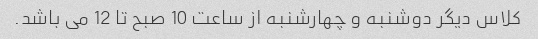
کلاس دیگر دوشنبه و چهارشنبه از ساعت 10 صبح تا 12 می باشد.